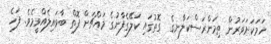
ހަމަކަށަވަރުން ތިމަންރަސްކަލާނގެ  ގޮތުގައި ކަލޭގެފާނުގެ މައްޗަށް ފޮތް ބާވައިލެއްވީމެވެ. ފަހެ